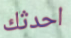
احدثك